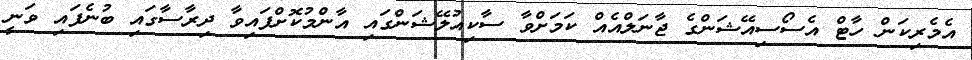
އެމެރިކަން ހާޓް އެސޯސިއޭޝަންގެ ޖާނަލްއެއް ކަމަށްވާ ސާކިއުލޭޝަންގައި އާންމުކޮށްފައިވާ ދިރާސާގައި ބުނެފައި ވަނީ